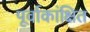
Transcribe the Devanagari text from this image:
पूर्वाकांक्षित